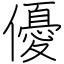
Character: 優